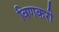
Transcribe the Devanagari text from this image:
विणकरी